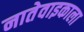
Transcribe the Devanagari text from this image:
नातेवाइकाला